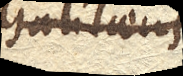
Galilaeus